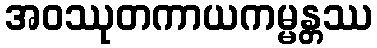
အဝဿုတကာယကမ္မန္တဿ